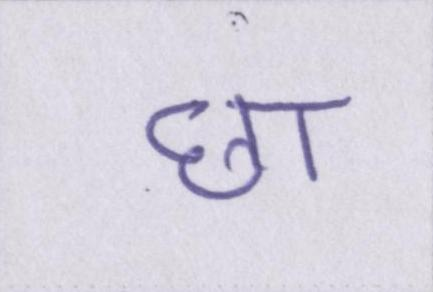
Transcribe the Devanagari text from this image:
छा